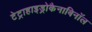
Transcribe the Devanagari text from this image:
टेट्राहाइड्रोकैनाबिनॉल